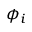
\phi _ { i }